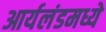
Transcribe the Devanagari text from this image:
आर्यलंडमध्ये